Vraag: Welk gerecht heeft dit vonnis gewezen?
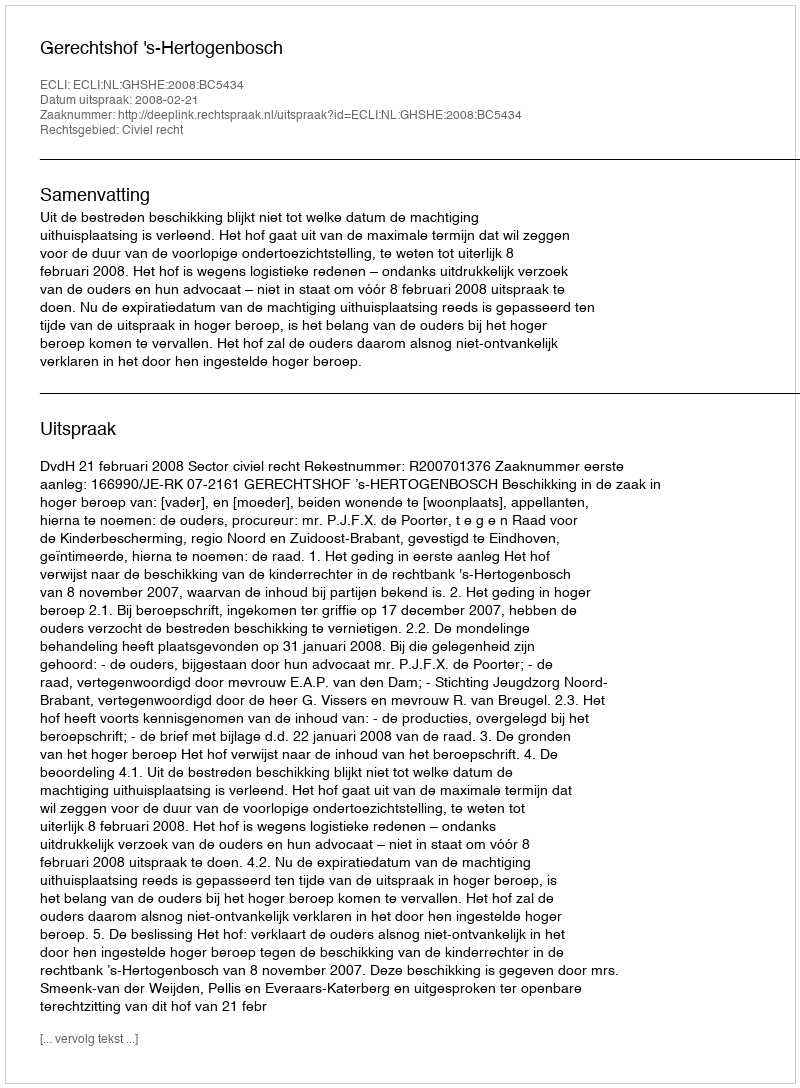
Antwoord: Gerechtshof 's-Hertogenbosch